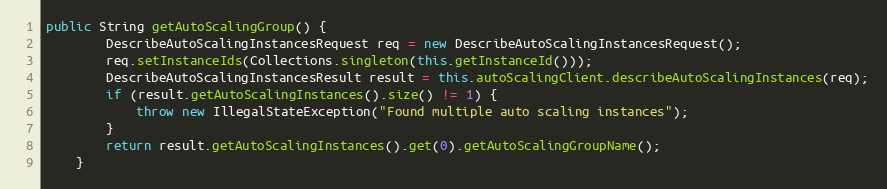
Language: Java
public String getAutoScalingGroup() {
        DescribeAutoScalingInstancesRequest req = new DescribeAutoScalingInstancesRequest();
        req.setInstanceIds(Collections.singleton(this.getInstanceId()));
        DescribeAutoScalingInstancesResult result = this.autoScalingClient.describeAutoScalingInstances(req);
        if (result.getAutoScalingInstances().size() != 1) {
            throw new IllegalStateException("Found multiple auto scaling instances");
        }
        return result.getAutoScalingInstances().get(0).getAutoScalingGroupName();
    }